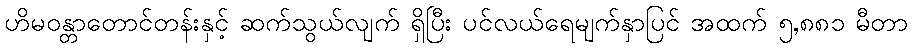
ဟိမဝန္တာတောင်တန်းနှင့် ဆက်သွယ်လျက် ရှိပြီး ပင်လယ်ရေမျက်နှာပြင် အထက် ၅,၈၈၁ မီတာ